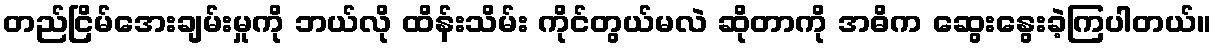
တည်ငြိမ်အေးချမ်းမှုကို ဘယ်လို ထိန်းသိမ်း ကိုင်တွယ်မလဲ ဆိုတာကို အဓိက ဆွေးနွေးခဲ့ကြပါတယ်။